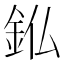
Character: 𮡫